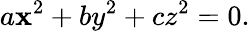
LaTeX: a\mathbf{x}^{2}+by^{2}+cz^{2}=0.